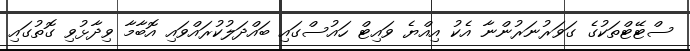
ސްޓޭޓްތަކުގެ ގަވަރުނަރުންނާ އެކު އިއްޔެ ވައިޓް ހައުސްގައި ބައްދަލުކުރައްވައި އޮބާމާ ވިދާޅުވި ގޮތުގައި